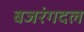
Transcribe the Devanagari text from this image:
बजरंगदल